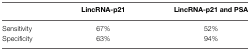
<table><thead><tr><td></td><td><b>LincRNA-p21</b></td><td><b>LincRNA-p21 and PSA</b></td></tr></thead><tbody><tr><td>Sensitivity</td><td>67%</td><td>52%</td></tr><tr><td>Specificity</td><td>63%</td><td>94%</td></tr></tbody></table>